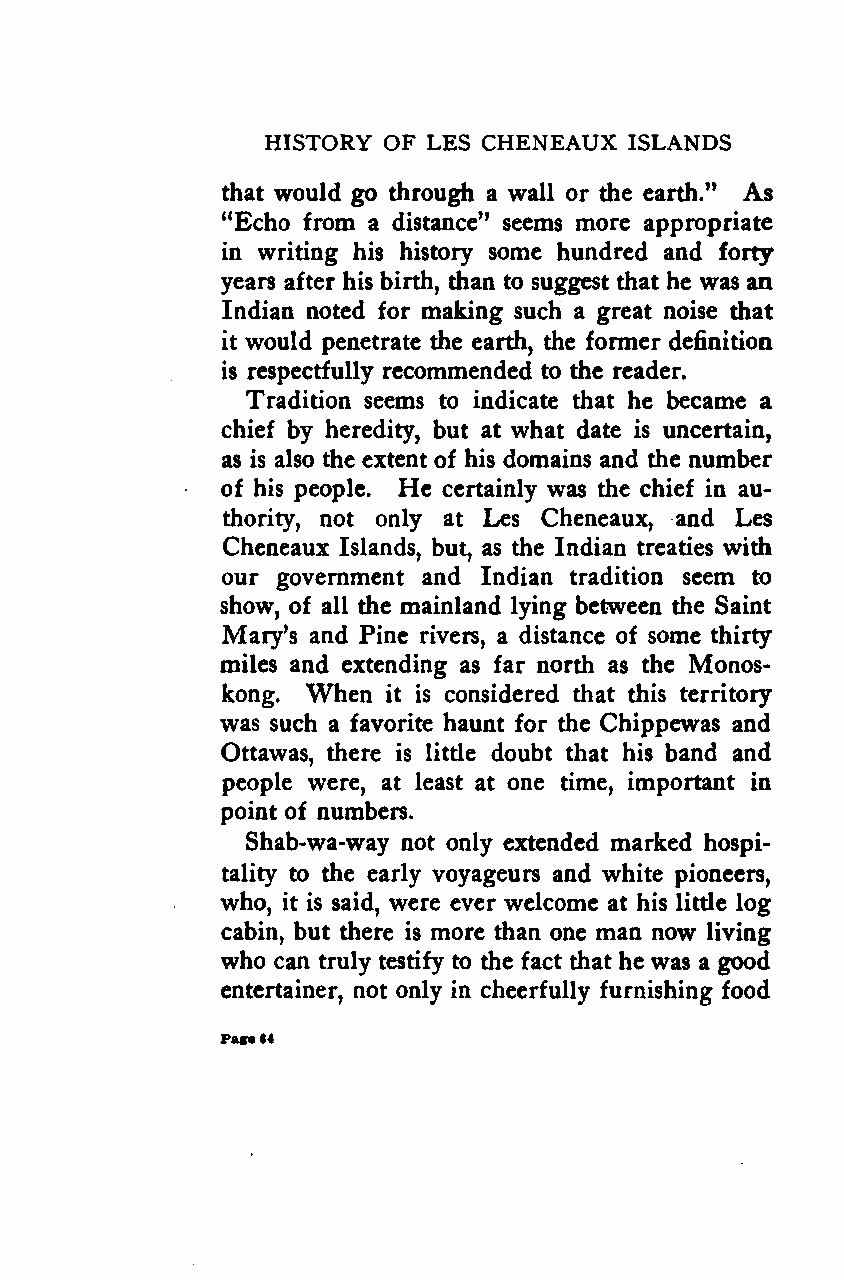
HISTORY OF LES CHENEAUX  ISLANDS
 that would go through a wall or the earth." As
 "Echo from a distance" seems more appropriate
 in writing his history some hundred and forty
 years after his birth, than to suggest that he was an
 Indian noted for making such a great noise that
 it would penetrate the earth, the former definition
 is respectfully recommended to the reader.
 Tradition seems to indicate that he became a
 chief by heredity, but at what date is uncertain,
 as is also the extent of his domains and the number
 of his people. He certainly was the chief in au-
 thority, not only at Les Cheneaux, and Les
 Cheneaux Islands, but, as the Indian treaties with
 our government and Indian tradition seem to
 show, of all the mainland lying between the Saint
 Mary's and Pine rivers, a distance of some thirty
 miles and extending as far north as the Monos-
 When
 kong.      it is considered that this territory
 was such a favorite haunt for the Chippewas and
 Ottawas, there is little doubt that his band and
 people were, at least at one time, important in
 point of numbers.
 Shab-wa-way not only extended marked hospi-
 tality to the early voyageurs and white pioneers,
 who, it is said, were ever welcome at his little log
 cabin, but there is more than one man now living
 who can truly testify to the fact that he was a good
 entertainer, not only in cheerfully furnishing food
 Pa*«64
 Google
 Digitizedby